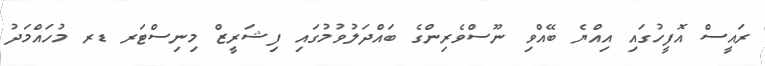
ރައީސް އޮފީހުގައި އިއްޔެ ބޭއްވި ނޫސްވެރިންގެ ބައްދަލުވުމުގައި ފިޝަރީޒް މިނިސްޓަރ ޑރ މުހައްމަދު